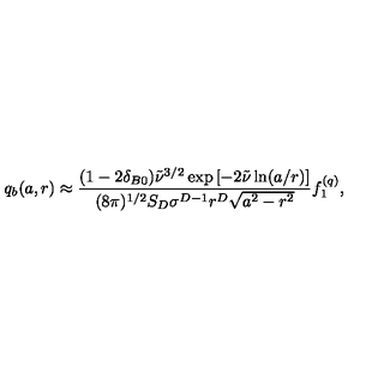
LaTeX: q _ { b } ( a , r ) \approx \frac { ( 1 - 2 \delta _ { B 0 } ) \tilde { \nu } ^ { 3 / 2 } \exp \left[ - 2 \tilde { \nu } \ln ( a / r ) \right] } { ( 8 \pi ) ^ { 1 / 2 } S _ { D } \sigma ^ { D - 1 } r ^ { D } \sqrt { a ^ { 2 } - r ^ { 2 } } } f _ { 1 } ^ { ( q ) } ,